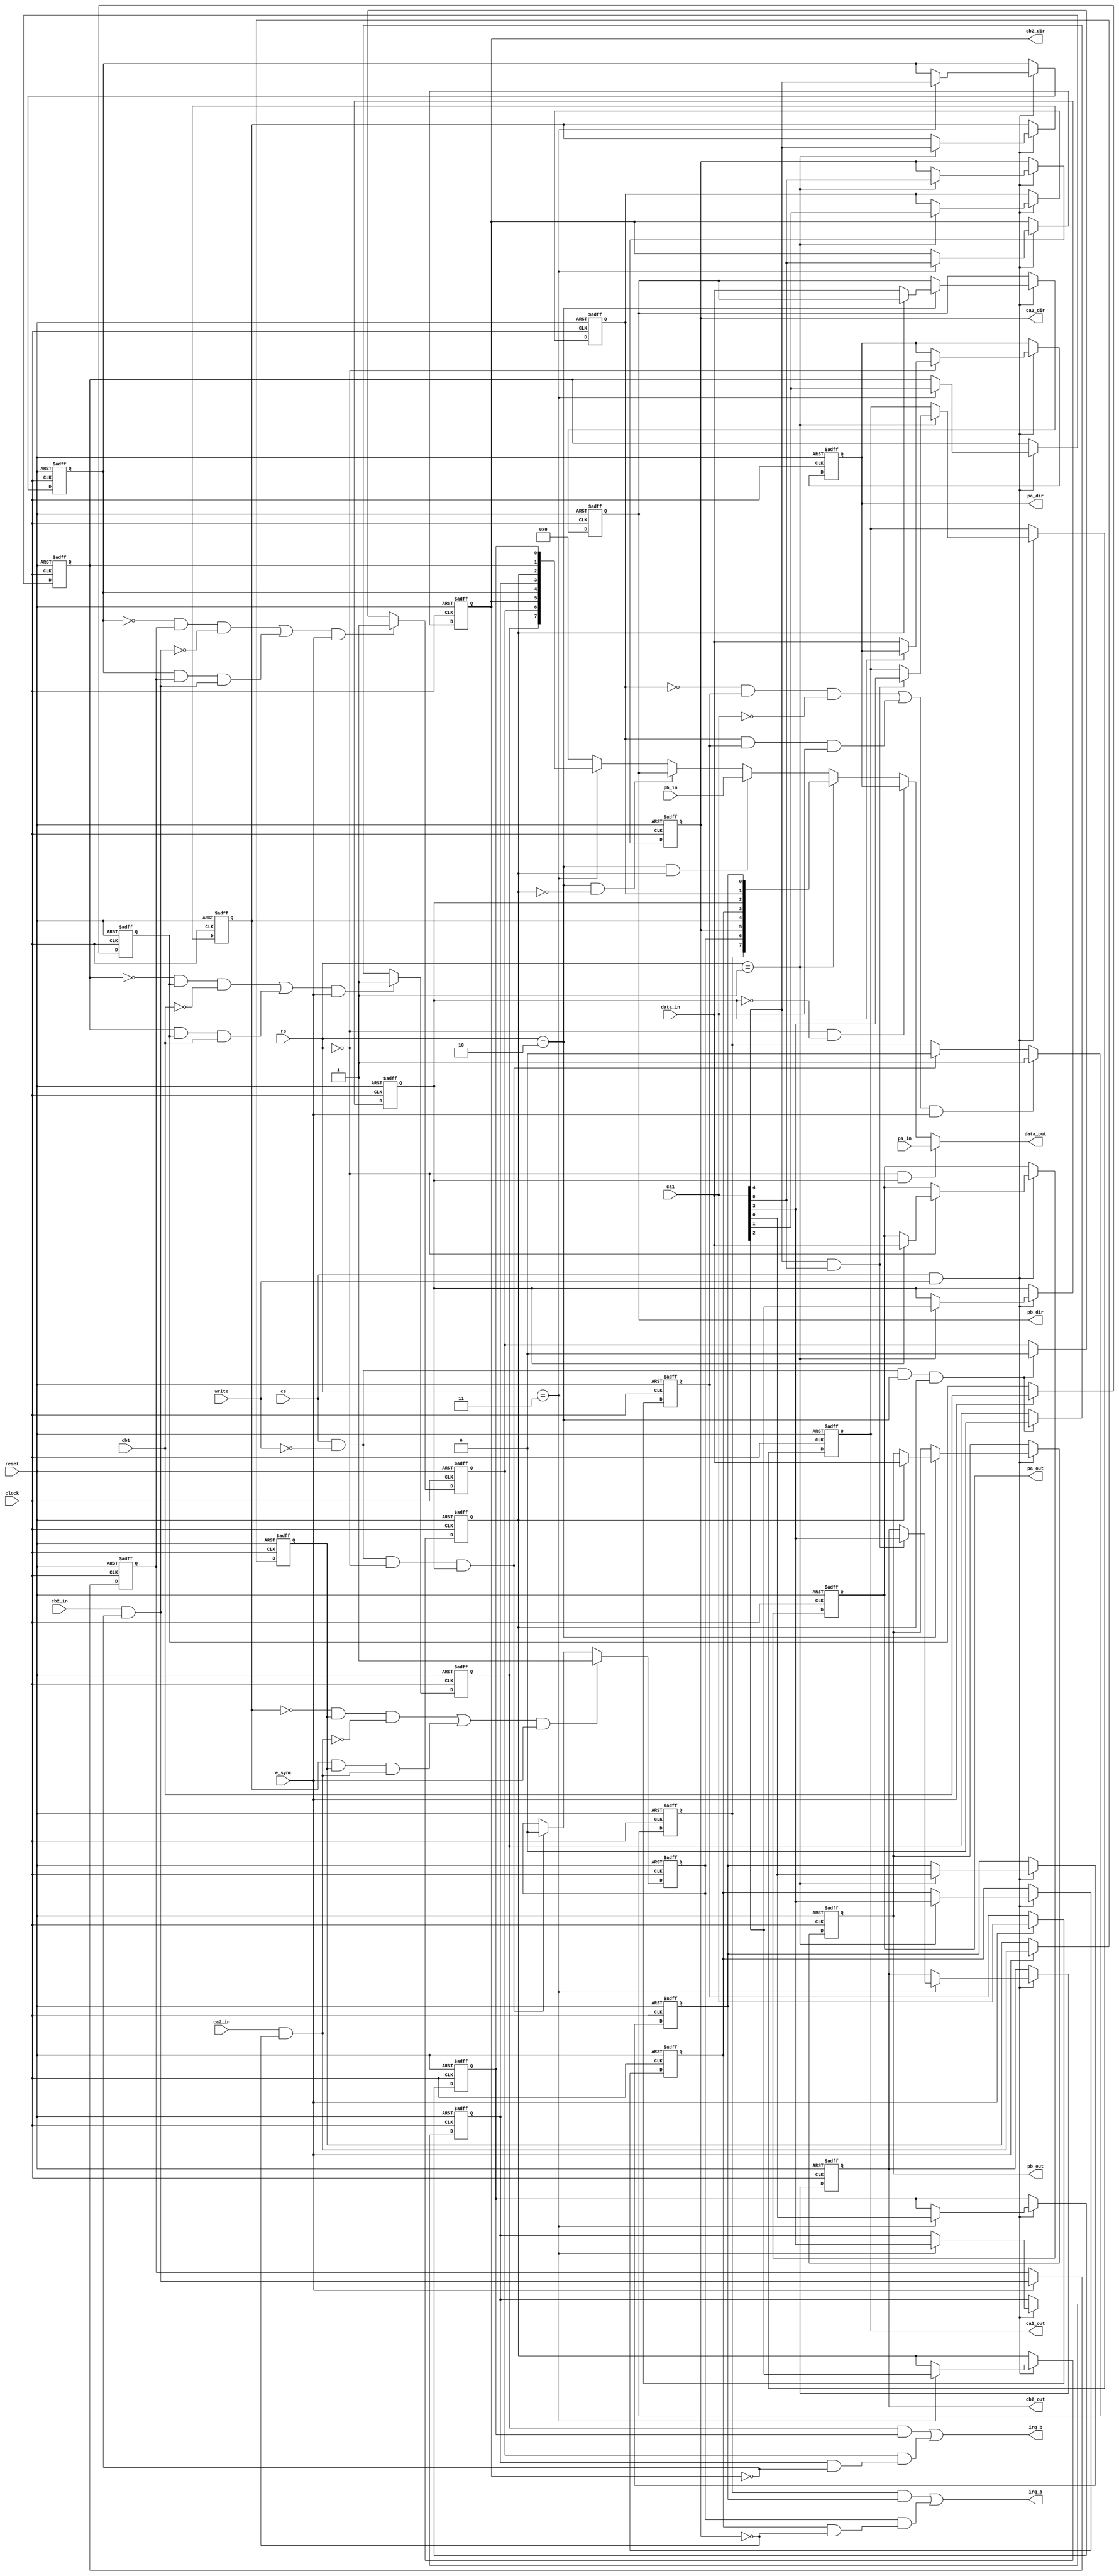
//-----------------------------------------------------------------------
//--
//-- Copyright 2012 ShareBrained Technology, Inc.
//--
//-- This file is part of robotron-fpga.
//--
//-- robotron-fpga is free software: you can redistribute
//-- it and/or modify it under the terms of the GNU General
//-- Public License as published by the Free Software
//-- Foundation, either version 3 of the License, or (at your
//-- option) any later version.
//--
//-- robotron-fpga is distributed in the hope that it will
//-- be useful, but WITHOUT ANY WARRANTY; without even the
//-- implied warranty of MERCHANTABILITY or FITNESS FOR A
//-- PARTICULAR PURPOSE. See the GNU General Public License
//-- for more details.
//--
//-- You should have received a copy of the GNU General
//-- Public License along with robotron-fpga. If not, see
//-- <http://www.gnu.org/licenses/>.
//--
//-----------------------------------------------------------------------

module mc6821(
              input 	   reset,
              input 	   clock,
              input 	   e_sync,
              
              input [1:0]  rs,
              input 	   cs,
              input 	   write,
              
              input [7:0]  data_in,
              output [7:0] data_out,
              
	      input 	   ca1,
              input 	   ca2_in,
              output 	   ca2_out,
              output 	   ca2_dir,
              output 	   irq_a,
              input [7:0]  pa_in,
              output [7:0] pa_out,
              output [7:0] pa_dir,
              
              input 	   cb1,
              input 	   cb2_in,
              output 	   cb2_out,
              output 	   cb2_dir,
              output 	   irq_b,
              input [7:0]  pb_in,
              output [7:0] pb_out,
	      output [7:0] pb_dir
	      );

   wire read;
   
   reg ca1_q;
   reg ca2_q;
   reg cb1_q;
   reg cb2_q;
   
   reg [7:0] output_a;
   reg [7:0] ddr_a;
   wire [7:0] cr_a;

   reg       irqa_1_intf;
   reg       irqa_2_intf;
   reg 	     ca2_is_output;
   reg 	     cr_a_4;
   reg 	     cr_a_3;
   reg 	     output_a_access;
   reg	     ca1_edge;
   wire      ca2_edge;
   reg 	     ca1_int_en;
   wire      ca2_int_en;
   wire      ca2_in_gated;
   reg      ca2_out_value;

   reg [7:0]  output_b;
   reg [7:0]  ddr_b;
   wire [7:0] cr_b;

   reg       irqb_1_intf;
   reg 	     irqb_2_intf;
   reg 	     cb2_is_output;
   reg 	     cr_b_4;
   reg 	     cr_b_3;
   reg 	     output_b_access;
   reg      cb1_edge;
   wire	     cb2_edge;
   reg      cb1_int_en;
   wire	     cb2_int_en;
   wire       cb2_in_gated;
   reg       cb2_out_value;


   //
   assign irq_a = ((irqa_1_intf & ca1_int_en) |
		   (irqa_2_intf & ca2_int_en));

   assign irq_b = ((irqb_1_intf & cb1_int_en) |
		   (irqb_2_intf & cb2_int_en));
   
   assign ca2_out = ca2_out_value;
   assign ca2_dir = ca2_is_output;
   
   assign cb2_out = cb2_out_value;
   assign cb2_dir = cb2_is_output;
   
   assign read = ~write;
   
   assign pa_out = output_a;
   assign pa_dir = ddr_a;
   
   assign pb_out = output_b;
   assign pb_dir = ddr_b;
   
   assign cr_a = { irqa_1_intf, irqa_2_intf, ca2_is_output, cr_a_4,
		   cr_a_3, output_a_access, ca1_edge, ca1_int_en };

   assign cr_b = { irqb_1_intf, irqb_2_intf, cb2_is_output, cr_b_4,
		   cr_b_3, output_b_access, cb1_edge, cb1_int_en };
   
   // TODO: Port B reads from output data register, not from pin state.
   
   assign data_out =
		    (rs == 2'b00 && output_a_access)  ? pa_in :
                    (rs == 2'b00 && ~output_a_access) ? ddr_a :
                    (rs == 2'b01)                     ? cr_a :
                    (rs == 2'b10 && output_b_access)  ? pb_in :
                    (rs == 2'b10 && ~output_b_access) ? ddr_b :
                    (rs == 2'b11)                     ? cr_b :
                    8'b0;
   
   
   assign ca2_edge = cr_a_4;
   assign cb2_edge = cr_b_4;
   
   assign ca2_int_en = cr_a_3 & ~ca2_is_output;
   assign cb2_int_en = cr_b_3 & ~cb2_is_output;
   
   //-------------------------------------------------------------------
   // Effects of register reads.
   // See elsewhere, this is not the only place.

   always @(posedge clock or posedge reset)
     if (reset)
       begin
       end
     else
       begin
	  if (cs && read)
            case (rs)
              2'b00:
		// TODO: Crazy CA2 output handling
		//if (ddr_a_access == 1'b0)
		//    if (ca2_is_output && cr_a_4 == 1'b0)
		//        ca2_output <= 1'b0;
		;
	      
              2'b01:
		;  // Do nothing!
              
              2'b10:
		// TODO: Crazy CB2 output handling
		//if (ddr_b_access == 1'b0)
		//    if (cb2_is_output && cr_b_4 == 1'b0)
		//        cb2_output <= 1'b0;
		;
	      
              2'b11:
		;  // Do nothing!

              default:
		;  // Do nothing!
            endcase
       end // else: !if(reset)
   
   //-------------------------------------------------------------------
   // Register writes.

   always @(posedge clock or posedge reset)
     if (reset)
       begin
	  output_a <= 0;
	  ddr_a <= 0;

	  output_b <= 0;
	  ddr_b <= 0;

	  cr_a_4 <= 0;
	  cr_a_3 <= 0;
	  output_a_access <= 0;
	  ca1_edge <= 0;
	  ca1_int_en <= 0;

	  ca2_is_output <= 0;
	  ca2_out_value <= 0;

	  cr_b_4 <= 0;
	  cr_b_3 <= 0;
	  output_b_access <= 0;
	  cb1_edge <= 0;
	  cb1_int_en <= 0;
          
	  cb2_is_output <= 0;
	  cb2_out_value <= 0;
       end
     else
       begin
          if (cs && write)
            case (rs)
              2'b00:
		begin
                   if (output_a_access)
                     output_a <= data_in;
                   else
                     ddr_a <= data_in;
                end
              
              2'b01:
		begin
                   ca2_is_output <= data_in[5];
                   cr_a_4 <= data_in[4];
                   cr_a_3 <= data_in[3];
                   output_a_access <= data_in[2];
                   ca1_edge <= data_in[1];
                   ca1_int_en <= data_in[0];
                   
                   if (data_in[4] && data_in[5])
                     ca2_out_value <= data_in[3];
                end
              
              2'b10:
		begin
                   if (output_b_access)
		     output_b <= data_in;
                   else
                     ddr_b <= data_in;
                end
              
              2'b11:
		begin
                   cb2_is_output <= data_in[5];
                   cr_b_4 <= data_in[4];
                   cr_b_3 <= data_in[3];
                   output_b_access <= data_in[2];
                   cb1_edge <= data_in[1];
                   cb1_int_en <= data_in[0];
                   
                   if (data_in[4] && data_in[5])
                     cb2_out_value <= data_in[3];
		end // case: 2'b11

	      default:
		;  // Do nothing!
            endcase
       end // else: !if(reset)
   
   //-------------------------------------------------------------------
   // Sampling of interrupt inputs.
   
   assign ca2_in_gated = ca2_in & ~ca2_is_output;
   assign cb2_in_gated = cb2_in & ~cb2_is_output;

   always @(posedge clock or posedge reset)
     if (reset)
       begin
	  ca1_q <= 1'b0;
	  ca2_q <= 1'b0;
	  cb1_q <= 1'b0;
	  cb2_q <= 1'b0;
       end
     else
       if (e_sync)
	 begin
            ca1_q <= ca1;
            ca2_q <= ca2_in_gated;
            cb1_q <= cb1;
            cb2_q <= cb2_in_gated;
	 end
   
   //-------------------------------------------------------------------
   // Interrupt edge detection.

   always @(posedge clock or posedge reset)
     if (reset)
       irqa_1_intf <= 0;
     else
       begin
	  if (((ca1_edge == 1'b0 && ca1_q && ca1 == 1'b0) ||
               (ca1_edge == 1'b1 && ca1_q && ca1 == 1'b1)) &&
              e_sync)
            irqa_1_intf <= 1'b1;
	  else
	    if (cs && read && rs == 2'b00 && output_a_access)
              irqa_1_intf <= 1'b0;
       end

   always @(posedge clock or posedge reset)
     if (reset)
       irqa_2_intf <= 0;
     else
       begin
	  if (((ca2_edge == 1'b0 && ca2_q && ca2_in_gated == 1'b0) ||
               (ca2_edge == 1'b1 && ca2_q && ca2_in_gated == 1'b1)) &&
              e_sync)
            irqa_2_intf <= 1'b1;
	  else
	    if (cs && read && rs == 2'b00 && output_a_access)
              irqa_2_intf <= 1'b0;
       end

   always @(posedge clock or posedge reset)
     if (reset)
       irqb_1_intf <= 0;
     else
       begin
	  if (((cb1_edge == 1'b0 && cb1_q && cb1 == 1'b0) ||
               (cb1_edge == 1'b1 && cb1_q && cb1 == 1'b1)) &&
              e_sync)
            irqb_1_intf <= 1'b1;
	  else
	    if (cs && read && rs == 2'b10 && output_b_access)
              irqb_1_intf <= 1'b0;
       end

   always @(posedge clock or posedge reset)
     if (reset)
       irqb_2_intf <= 0;
     else
       begin
          if (((cb2_edge == 1'b0 && cb2_q && cb2_in_gated == 1'b0) ||
               (cb2_edge == 1'b1 && cb2_q && cb2_in_gated == 1'b1)) &&
              e_sync)
            irqb_2_intf <= 1'b1;
          else
    	    if (cs && read && rs == 2'b10 && output_b_access)
              irqb_2_intf <= 1'b0;
       end
   
endmodule